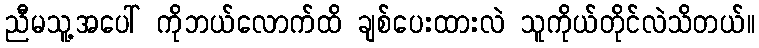
ညီမသူ့အပေါ် ကိုဘယ်လောက်ထိ ချစ်ပေးထားလဲ သူကိုယ်တိုင်လဲသိတယ်။